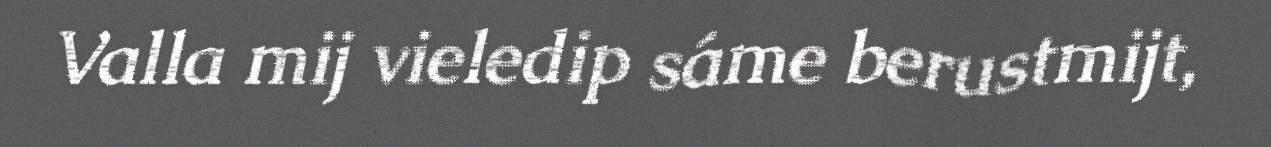
Valla mij vieledip sáme berustmijt,